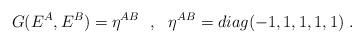
LaTeX: \begin{align*}G(E^A, E^B) = \eta^{AB}~~,~~ \eta^{AB} = diag(-1,1,1,1,1)~.\end{align*}